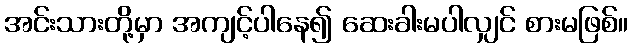
အင်းသားတို့မှာ အကျင့်ပါနေ၍ ဆေးခါးမပါလျှင် စားမဖြစ်။